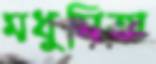
মধুমিতা